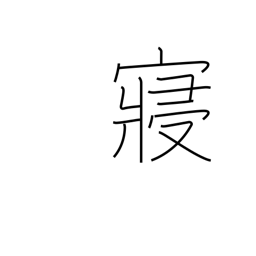
Meaning: bed chamber